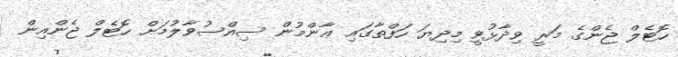
ހޮޓެލް ޖެންގެ މަރީ ވިދާޅުވީ މިދިޔަ ހަފްތާގައި ޢާންމުން ސިއްސުވާލުމަށް ހޮޓެލް ޖެންއިން